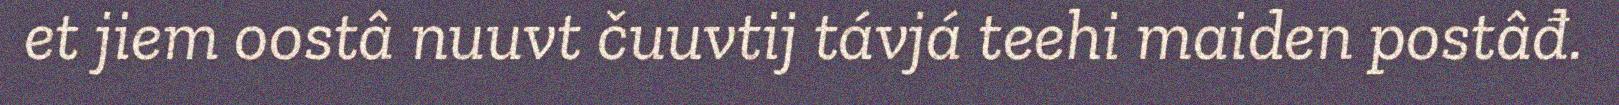
et jiem oostâ nuuvt čuuvtij távjá teehi maiden postâđ.